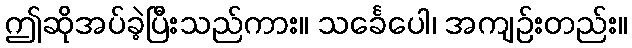
ဤဆိုအပ်ခဲ့ပြီးသည်ကား။ သင်္ခေပေါ၊ အကျဉ်းတည်း။